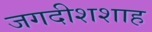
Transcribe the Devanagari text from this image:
जगदीशशाह